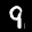
Label: 9